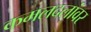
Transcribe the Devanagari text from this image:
कमलदलांवर